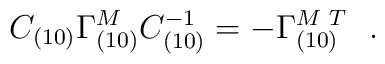
C_{(10)}\Gamma^{M}_{(10)}C_{(10)}^{-1}=-\Gamma^{{M} \,\, T}_{(10)}~~.